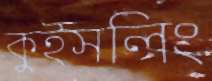
কুইসলিং